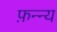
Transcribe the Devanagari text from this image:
फ़न्न्य